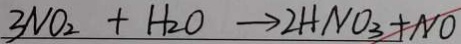
3 N O _ { 2 } + H _ { 2 } O \rightarrow 2 H N O _ { 3 } + N O